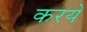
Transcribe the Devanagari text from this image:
करये